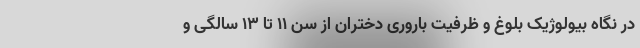
در نگاه بیولوژیک بلوغ و ظرفیت باروری دختران از سن ۱۱ تا ۱۳ سالگی و